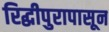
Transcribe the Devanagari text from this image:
रिद्धीपुरापासून